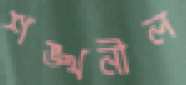
শঙ্খনীল